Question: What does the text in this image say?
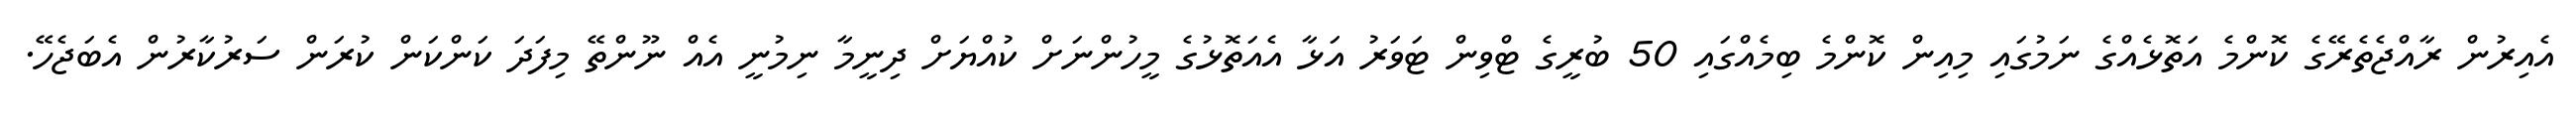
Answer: އެއިރުން ރާއްޖެތެރޭގެ ކޮންމެ އަތޮޅެއްގެ ނަމުގައި މިއިން ކޮންމެ ބިމެއްގައި 50 ބުރީގެ ޓްވިން ޓަވަރު އަޅާ އެއަތޮޅުގެ މީހުންނަށް ކުއްޔަށް ދިނީމާ ނިމުނީ އެއް ނޫންތޭ މިފަދަ ކަންކަން ކުރަން ސަރުކާރުން އެބަޖެހޭ.